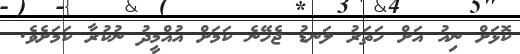
ކޮޅަށް ނިއު އަށް ހަތަރު ލަނޑު ޖެހޭނެ ކަމަށް އުއްމީދު ނުކުރާ ކަމަށެވެ.